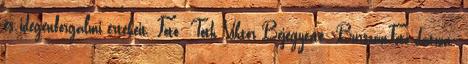
és idegenforgalmi értékeit. Fotó: Tóth Viktor Bejegyezte: BurszánFotó dátum: